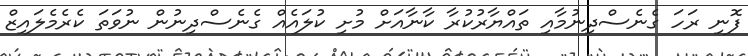
ފޮނި ރަހަ ގެނެސްދިނުމާއި ތައްޔާރުކުރާ ކާނާއަށް މުށި ކުލައެއް ގެނެސްދިނުން ނުވަތަ ކެރެމެލައިޒް